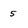
Character: 5